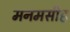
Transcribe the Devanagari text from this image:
मनमसीह